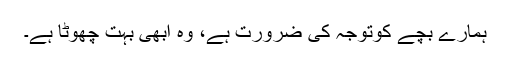
ہمارے بچے کوتوجہ کی ضرورت ہے، وہ ابھی بہت چھوٹا ہے۔